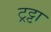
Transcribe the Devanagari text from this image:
ट्रट्टा